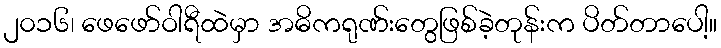
၂၀၁၆၊ ဖေဖော်ဝါရီထဲမှာ အဓိကရုဏ်းတွေဖြစ်ခဲ့တုန်းက ပိတ်တာပေါ့။